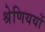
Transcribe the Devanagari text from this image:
श्रेणिययों